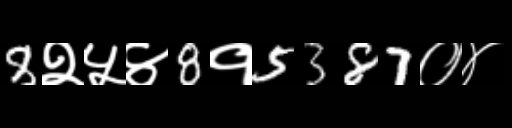
Text: 8२५४8१5387०४